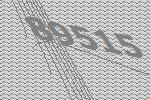
89515